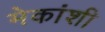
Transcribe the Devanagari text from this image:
मेकांशी